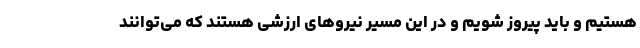
هستیم و باید پیروز شویم و در این مسیر نیروهای ارزشی هستند که می‌توانند